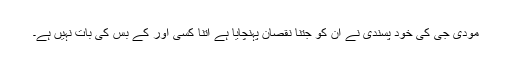
مودی جی کی خود پسندی نے ان کو جتنا نقصان پہنچایا ہے اتنا کسی اور کے بس کی بات نہیں ہے۔